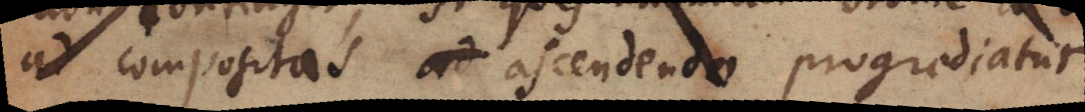
ad compositas ascendendo progrediatur